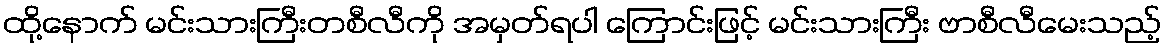
ထို့နောက် မင်းသားကြီးတစီလီကို အမှတ်ရပါ ကြောင်းဖြင့် မင်းသားကြီး ဗာစီလီမေးသည့်